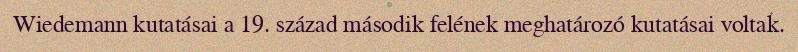
Wiedemann kutatásai a 19. század második felének meghatározó kutatásai voltak.